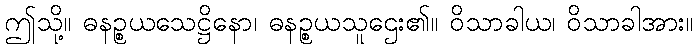
ဤသို့။ ဓနဉ္စယသေဋ္ဌိနော၊ ဓနဉ္စယသူဌေး၏။ ဝိသာခါယ၊ ဝိသာခါအား။